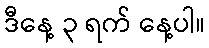
ဒီနေ့ ၃ ရက် နေ့ပါ။